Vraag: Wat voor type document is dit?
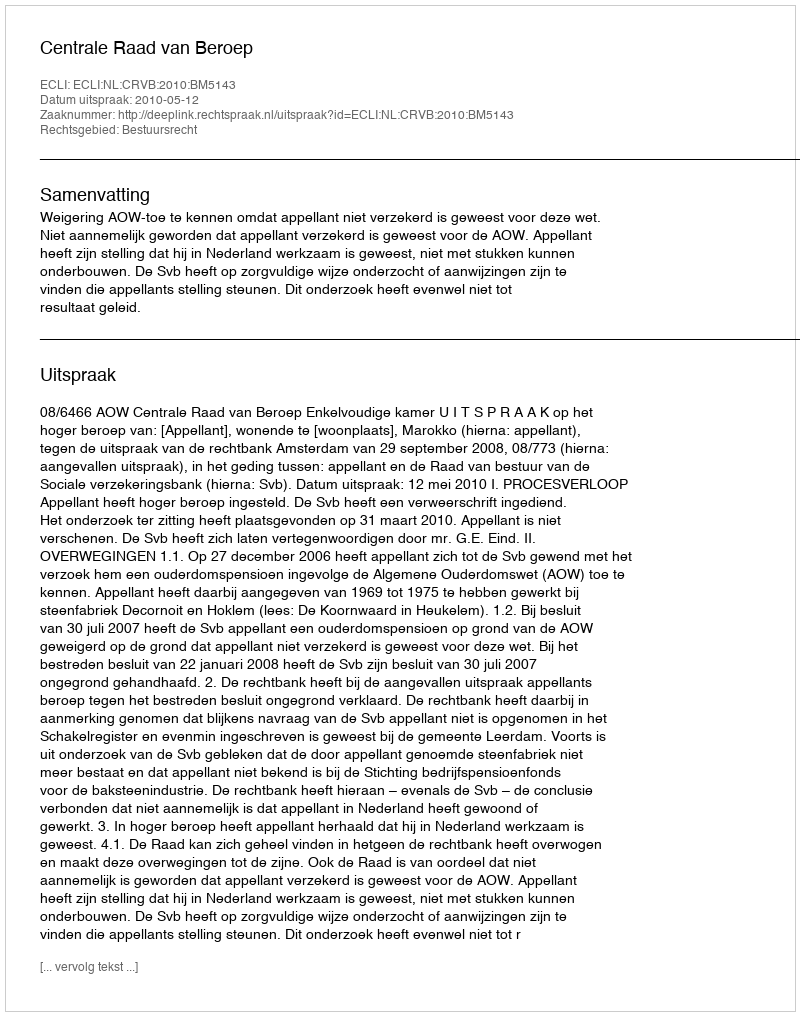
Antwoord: Uitspraak